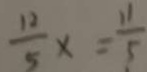
\frac { 1 2 } { 5 } x = \frac { 1 1 } { 5 }